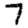
Digit: 7